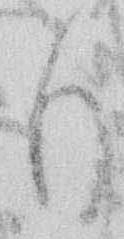
も